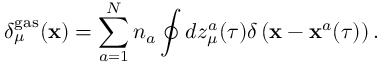
\delta _ { \mu } ^ { \mathrm { g a s } } ( { \bf x } ) = \sum _ { a = 1 } ^ { N } n _ { a } \oint d z _ { \mu } ^ { a } ( \tau ) \delta \left( { \bf x } - { \bf x } ^ { a } ( \tau ) \right) .